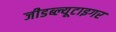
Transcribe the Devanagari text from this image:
जीडब्ल्यूटाइगर